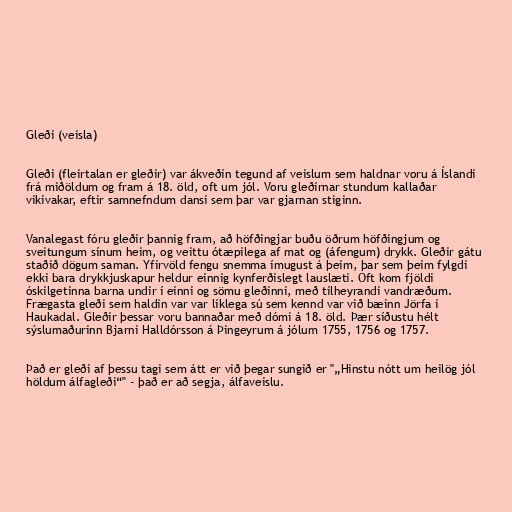
Gleði (veisla)

Gleði (fleirtalan er gleðir) var ákveðin tegund af veislum sem haldnar voru á Íslandi
frá miðöldum og fram á 18. öld, oft um jól. Voru gleðirnar stundum kallaðar
vikivakar, eftir samnefndum dansi sem þar var gjarnan stiginn.

Vanalegast fóru gleðir þannig fram, að höfðingjar buðu öðrum höfðingjum og
sveitungum sínum heim, og veittu ótæpilega af mat og (áfengum) drykk. Gleðir gátu
staðið dögum saman. Yfirvöld fengu snemma ímugust á þeim, þar sem þeim fylgdi
ekki bara drykkjuskapur heldur einnig kynferðislegt lauslæti. Oft kom fjöldi
óskilgetinna barna undir í einni og sömu gleðinni, með tilheyrandi vandræðum.
Frægasta gleði sem haldin var var líklega sú sem kennd var við bæinn Jörfa í
Haukadal. Gleðir þessar voru bannaðar með dómi á 18. öld. Þær síðustu hélt
sýslumaðurinn Bjarni Halldórsson á Þingeyrum á jólum 1755, 1756 og 1757.

Það er gleði af þessu tagi sem átt er við þegar sungið er "„Hinstu nótt um heilög jól
höldum álfagleði“" - það er að segja, álfaveislu.